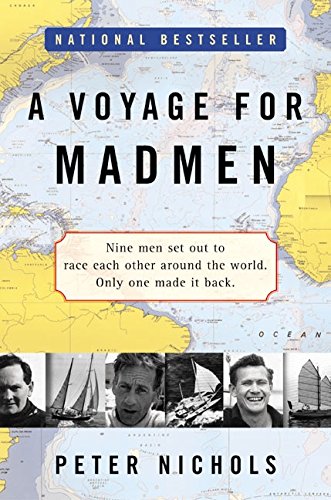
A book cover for A Voyage for Madmen; Peter Nichols; Literature & Fiction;